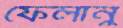
ফেলানু